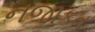
નજાકત